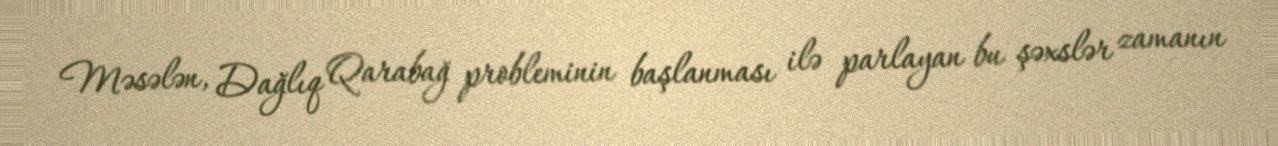
Məsələn, Dağlıq Qarabağ probleminin başlanması ilə parlayan bu şəxslər zamanın